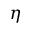
\eta